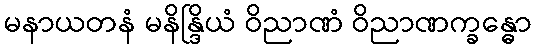
မနာယတနံ မနိန္ဒြိယံ ဝိညာဏံ ဝိညာဏက္ခန္ဓော